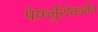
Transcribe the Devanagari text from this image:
पेर्फ़्लुरोकर्बोन